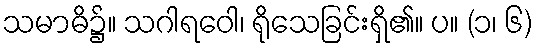
သမာဓိ၌။ သဂါရဝေါ၊ ရိုသေခြင်းရှိ၏။ ပ။ (၁၊ ၆)